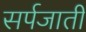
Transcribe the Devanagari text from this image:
सर्पजाती